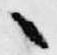
々